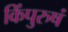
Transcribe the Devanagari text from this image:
किंपुरुषं